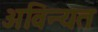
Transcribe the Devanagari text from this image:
अविन्यत